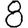
Digit: 8